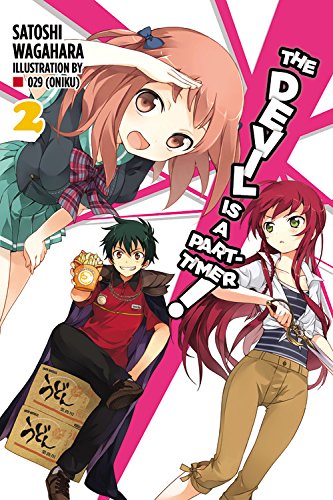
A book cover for The Devil Is a Part-Timer, Vol. 2; Satoshi Wagahara; Comics & Graphic Novels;